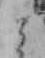
と